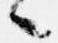
々